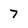
Character: 7